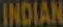
INDIAN